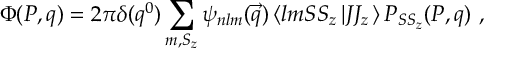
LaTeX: \Phi ( P , q ) = 2 \pi \delta ( q ^ { 0 } ) \sum _ { m , S _ { z } } \psi _ { n l m } ( \vec { q } ) \left< l m S S _ { z } \left| J J _ { z } \right. \right> P _ { S S _ { z } } ( P , q ) \ ,